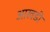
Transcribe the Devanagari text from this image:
आखडी